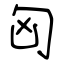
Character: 匈